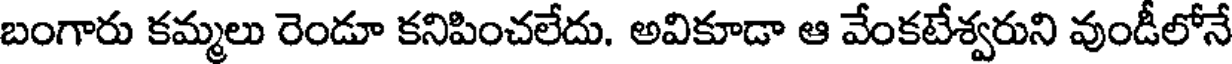
బంగారు కమ్మలు రెండూ కనిపించలేదు. అవికూడా ఆ వేంకటేశ్వరుని వుండీలోనే